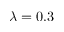
\lambda = 0 . 3